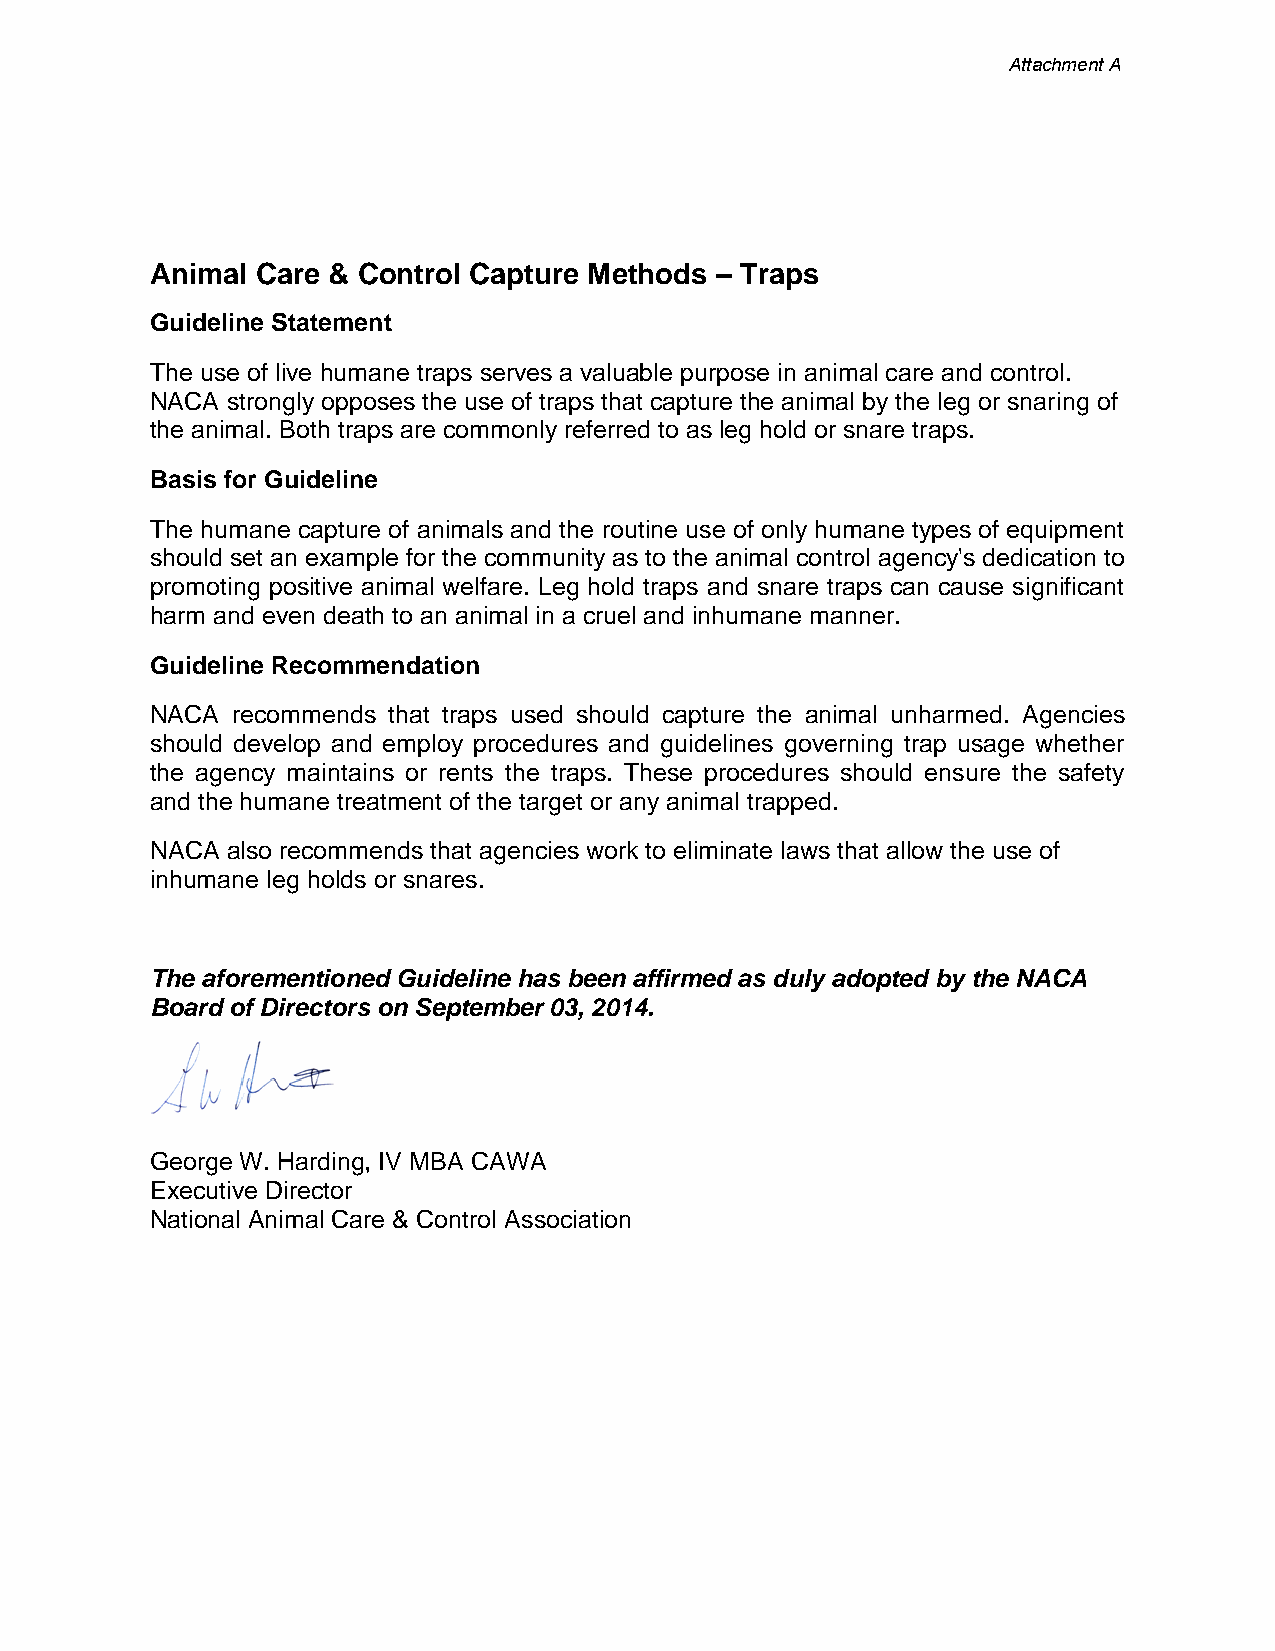
Attachment A
 Animal Care & Control Capture Methods – Traps
 Guideline Statement
 The use of live humane traps serves a valuable purpose in animal care and control.
 NACA strongly opposes the use of traps that capture the animal by the leg or snaring of
 the animal. Both traps are commonly referred to as leg hold or snare traps.
 Basis for Guideline
 The humane capture of animals and the routine use of only humane types of equipment
 should set an example for the community as to the animal control agency's dedication to
 promoting positive animal welfare. Leg hold traps and snare traps can cause significant
 harm and even death to an animal in a cruel and inhumane manner.
 Guideline Recommendation
 NACA recommends that traps used should capture the animal unharmed. Agencies
 should develop and employ procedures and guidelines governing trap usage whether
 the agency maintains or rents the traps. These procedures should ensure the safety
 and the humane treatment of the target or any animal trapped.
 NACA also recommends that agencies work to eliminate laws that allow the use of
 inhumane leg holds or snares.
 The aforementioned Guideline has been affirmed as duly adopted by the NACA
 Board of Directors on September 03, 2014.
 George W. Harding, IV MBA CAWA
 Executive Director
 National Animal Care & Control Association